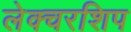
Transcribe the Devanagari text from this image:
लेक्चरशिप